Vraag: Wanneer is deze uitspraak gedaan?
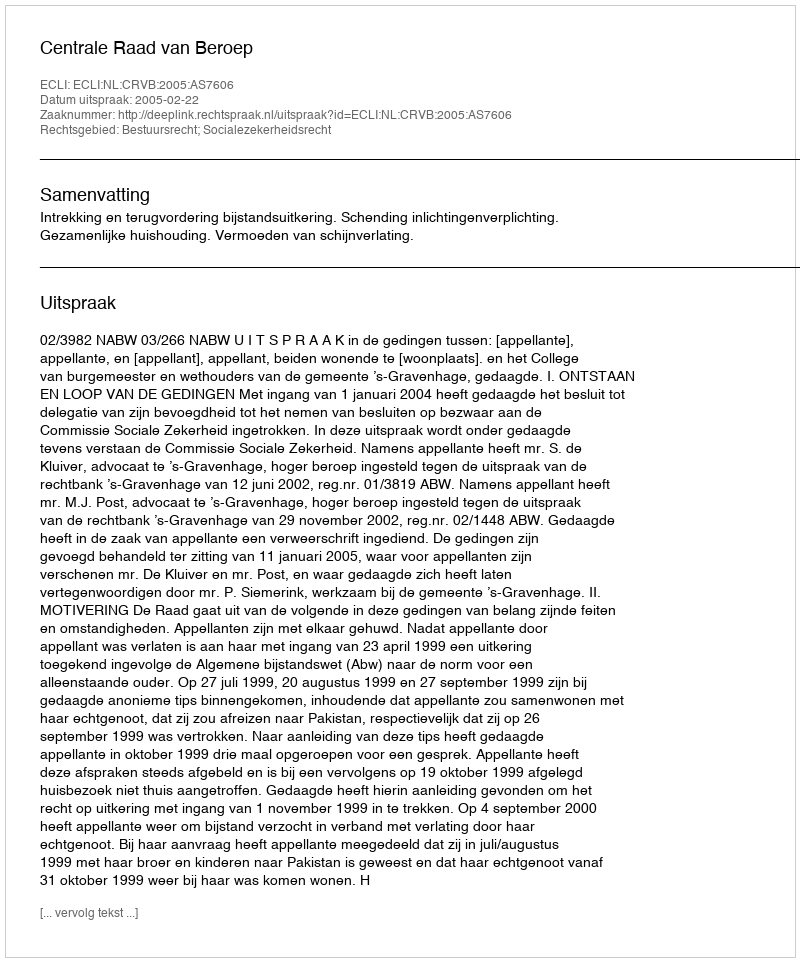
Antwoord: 2005-02-22